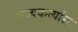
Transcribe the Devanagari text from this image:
राज्यकर्त्यास